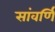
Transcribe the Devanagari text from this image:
सांवर्णि